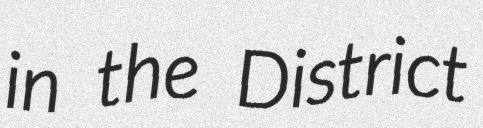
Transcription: in the District